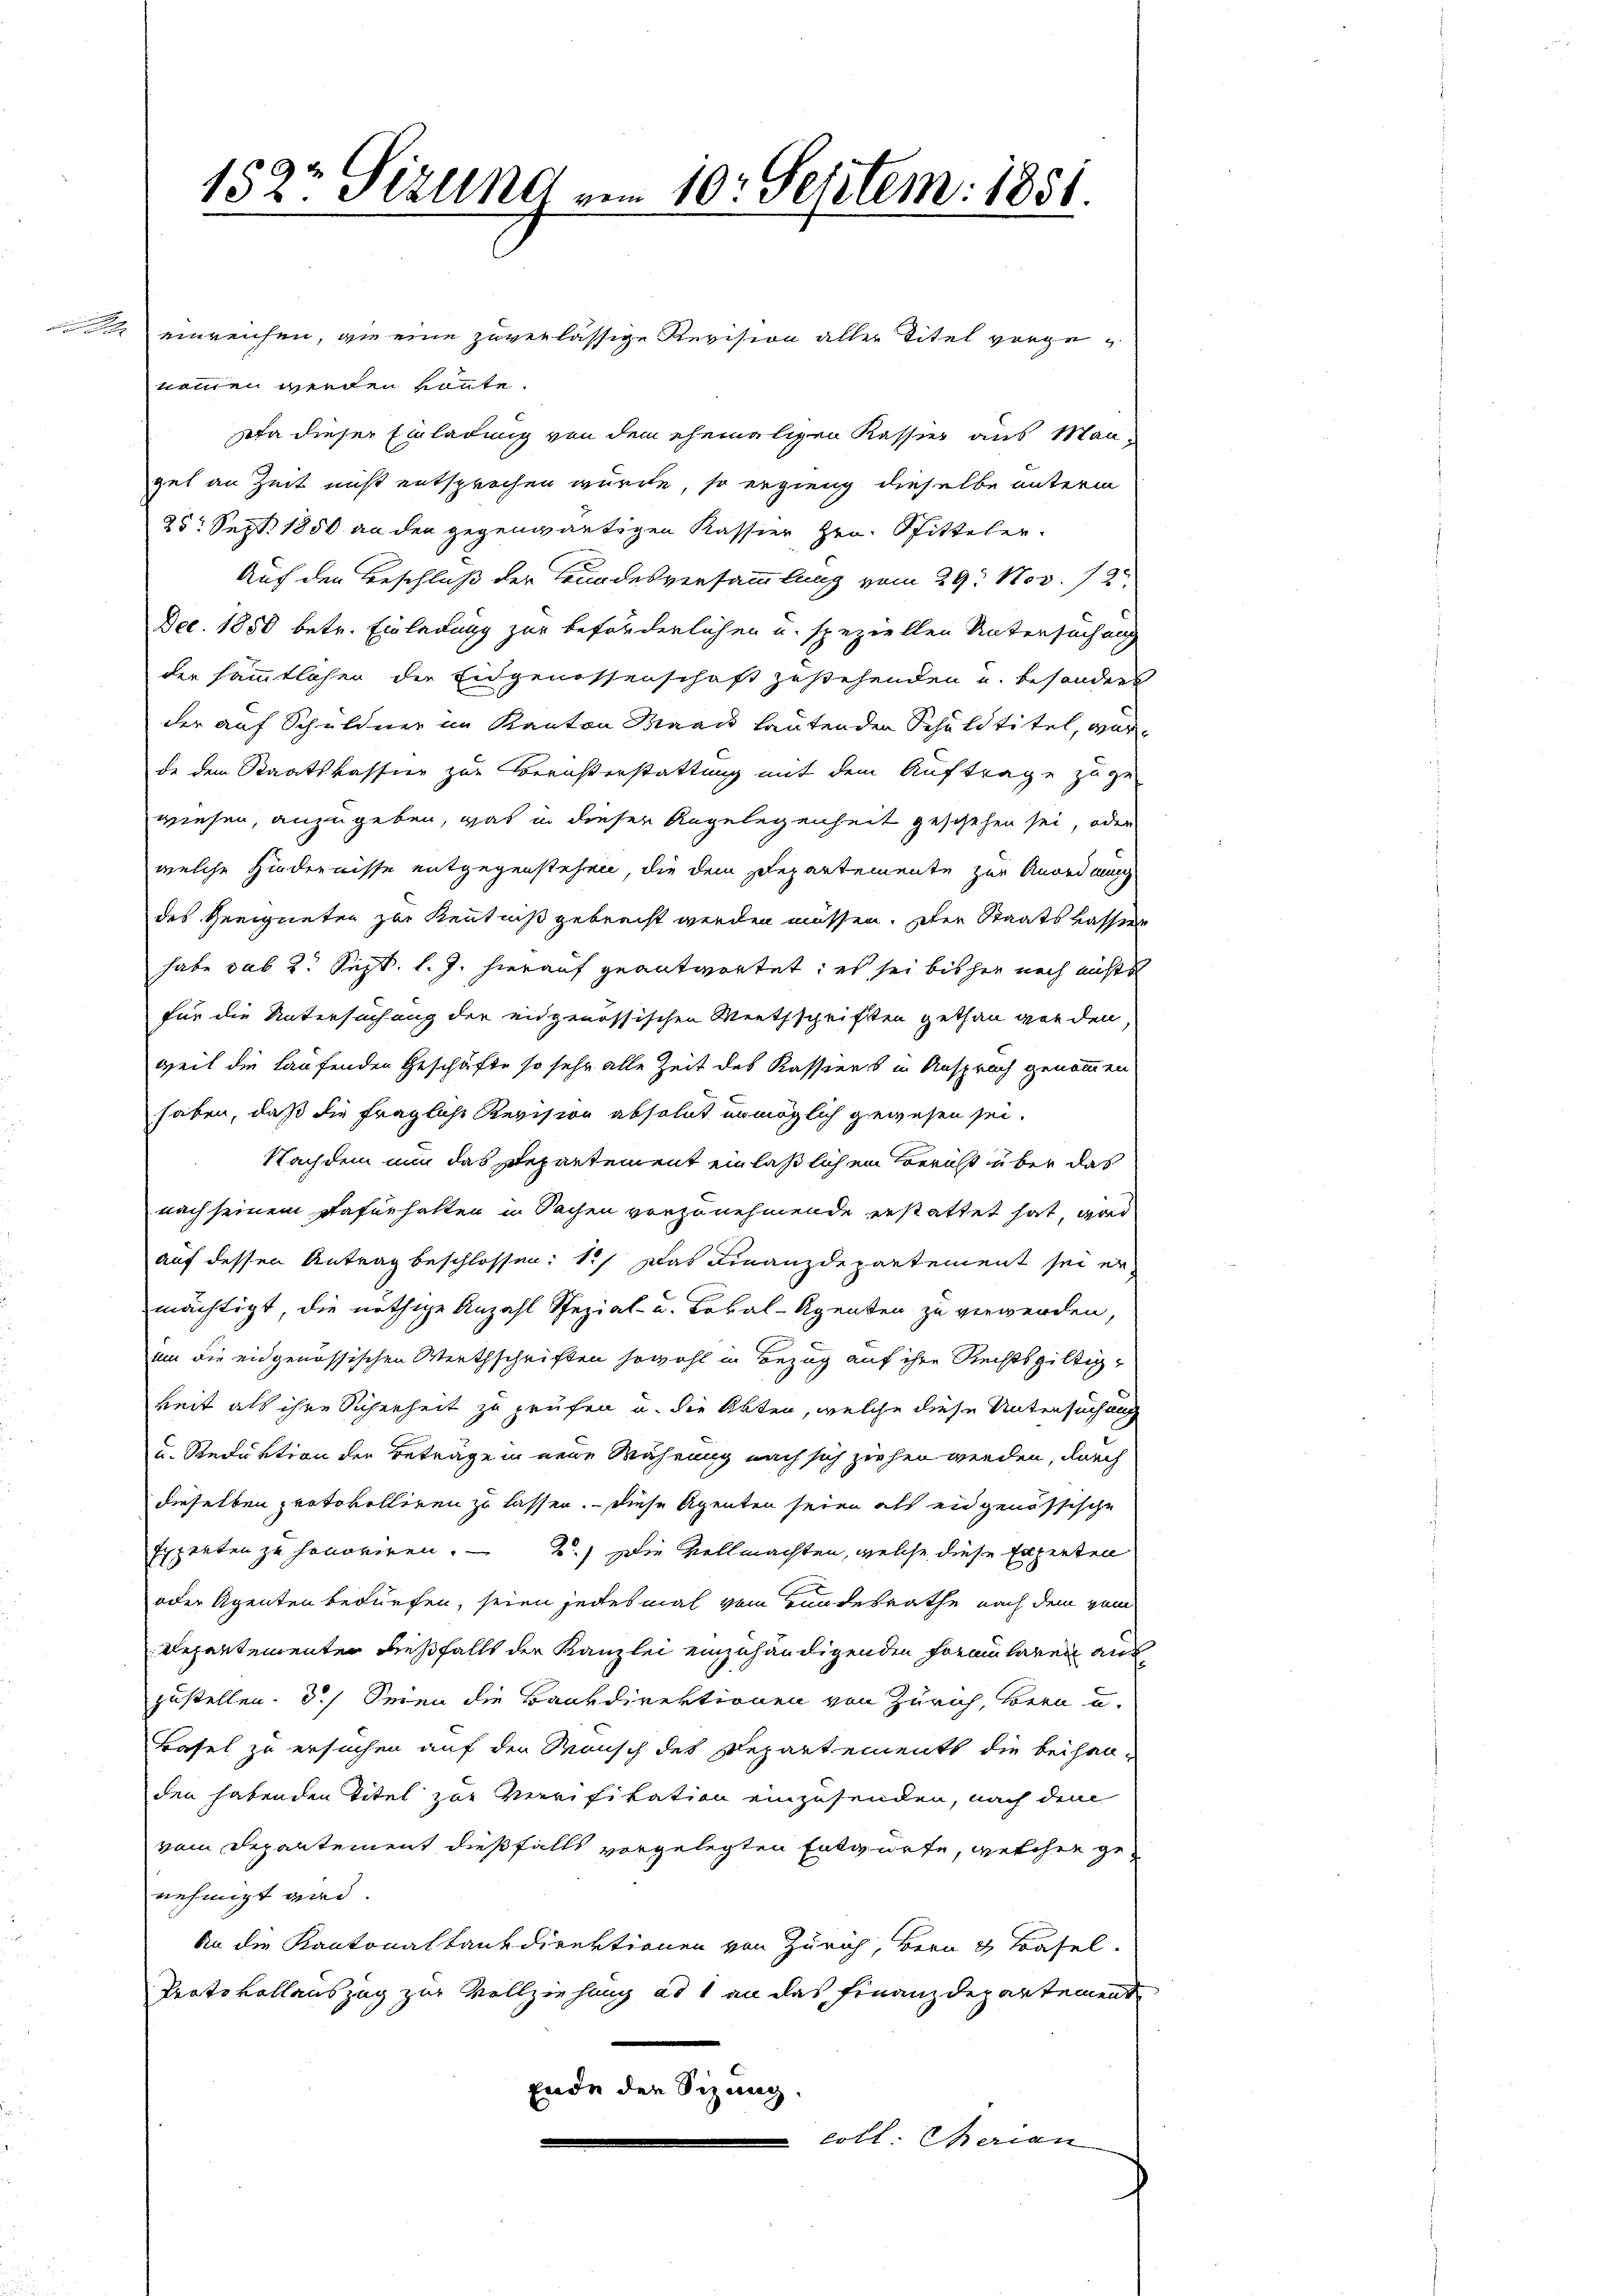
152 Sizung vom 10. Septem: 1851.

a. einreichen, wie eine zuverlässige Revision aller Titel vorgenomen werden könnte.
sota dieser Einladung von dem ehemaligen Kassier aus Man-
gel an Zeit nicht entsprochen wurde, so ergieng dieselbe unterm
25 Sept. 1850 an den gegenwärtigen Kassier Hrn. Spitteler.
Auf den Beschluß der Bundesversammlung vom 29. Nov. 123
Dec. 1850 betr. Einladung zur beförderlichen u. speziellen Untersuchung
der sämmtlichen der Eidgenossenschaft zustehenden u. besonders
der auf Schuldner im Kanton Maas lautenden Schuldtitel, war
de dem Staatskassier zur Berichterstattung mit dem Auftrage zuge
wiesen, anzugeben, was in dieser Angelegenheit geschehen sei, oder
welche Hindernisse entgegenstehen, die dem Departemente zur Anordnung
des Geeigneten zur Kenntniß gebracht werden müssen. Der Staatskassier
habe sub 2. Sept. l. J. hierauf geantwortet; es sei bisher noch nichts
für die Untersuchung der eidgenössischen Werthschriften gethan gar den
weil die Laufenden Geschäfte so sehr alle Zeit des Kassiers in Anspruch genommen
haben, daß die fragliche Revision absolut unmöglich gewesen sei.
Nachdem nun das Departement einläßlichen Bericht über das
nach seinem Dafürhalten in Sachen vorzunehmende erstattet hat, gar
auf dessen Antrag beschlossen: 1.) Das Finanzdepartement sei ermächtigt, die nöthige Anzahl Spezial- u. Lokal-Agenten zu verwerden,
um die eidgenössischen Werthschriften sowohl in Bezug auf ihre Rechtsgültigkeit als ihre Sicherheit zu prüfen u. die Akten, welche diese Untersuchung
u. Reduktion der Beträge in neue Währung nach sich ziehen werden, durch
dieselben protokolliren zu lassen. — Diese Agenten seien als eidgenössische
Experten zu honoriren. - 2.) Die Vollmachten, welche diese Experteil
oder Agenten bedürfen, seien jedesmal vom Bundesrathe nach dem vom
Repentementer dießfalls der Kanzlei einzuhändigenden Formularen auszustellen. 3.) Seien die Bankdirektionen von Zürich, Bern u.
Basel zu ersuchen auf den Wunsch des Departements die beisau-
den habenden Titel zur Verrifikation einzusenden, nach dem
vom Departement dießfalls vorgelegten Entwürfe, welchen genehmigt wird.
An die Kantonalbankdirektionen von Zürich, Bern & Basel.
Protokollauszug zur Vollziehung ad 1 an das Finanzdepartement
Ende den Sizung.
cott. Therian